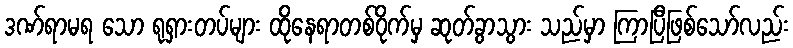
ဒဏ်ရာမရ သော ရုရှားတပ်များ ထိုနေရာတစ်ဝိုက်မှ ဆုတ်ခွာသွား သည်မှာ ကြာပြီဖြစ်သော်လည်း